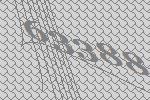
63388